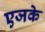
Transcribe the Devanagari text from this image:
एजके